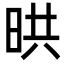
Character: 晎